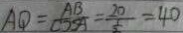
A Q = \frac { A B } { \cos A } = \frac { 2 0 } { \frac { 1 } { 2 } } = 4 0